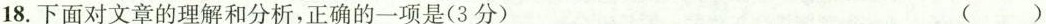
(3分)18.下面对文章的理解和分析，正确的一项是(3分) ()